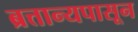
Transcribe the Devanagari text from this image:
ब्रत्तान्यपासून